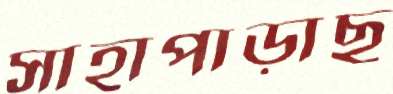
সাহাপাড়াছ